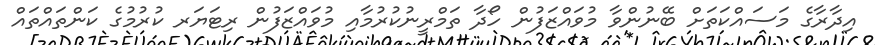
އިދާރާގެ މަސައްކަތަށް ބޭނުންވާ މުވައްޒަފުން ހޯދާ ތަމްރީނުކުރުމާއި މުވައްޒަފުން ރިޓަޔަރ ކުރުމުގެ ކަންތައްތައް